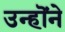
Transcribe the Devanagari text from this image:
उन्हॊंने